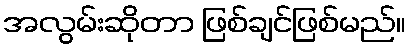
အလွမ်းဆိုတာ ဖြစ်ချင်ဖြစ်မည်။